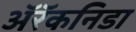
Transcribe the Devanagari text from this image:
अॅरॅकनिडा